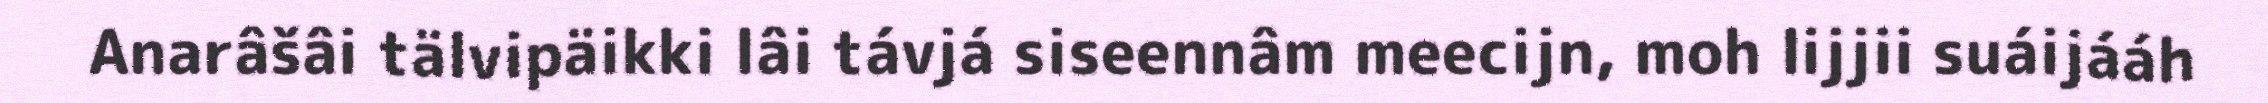
Anarâšâi tälvipäikki lâi távjá siseennâm meecijn, moh lijjii suáijááh